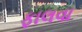
ફાલવા